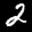
Label: 2